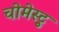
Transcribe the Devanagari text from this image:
चोमेस्ट्रु